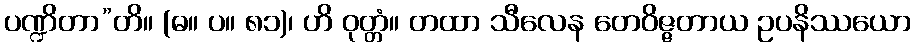
ပဏ္ဍိတာ”တိ။ (ဓ။ ပ။ ၈၁)၊ ဟိ ဝုတ္တံ။ တထာ သီလေန တေဝိဇ္ဇတာယ ဥပနိဿယော